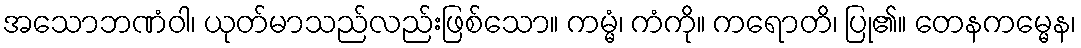
အသောဘဏံဝါ၊ ယုတ်မာသည်လည်းဖြစ်သော။ ကမ္မံ၊ ကံကို။ ကရောတိ၊ ပြု၏။ တေနကမ္မေန၊